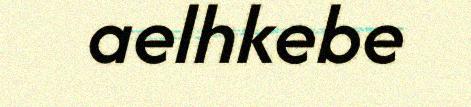
aelhkebe